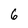
Character: 6